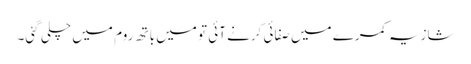
شازیہ کمرے میں صفائی کرنے آئی تو میں باتھ روم میں چلی گئی۔